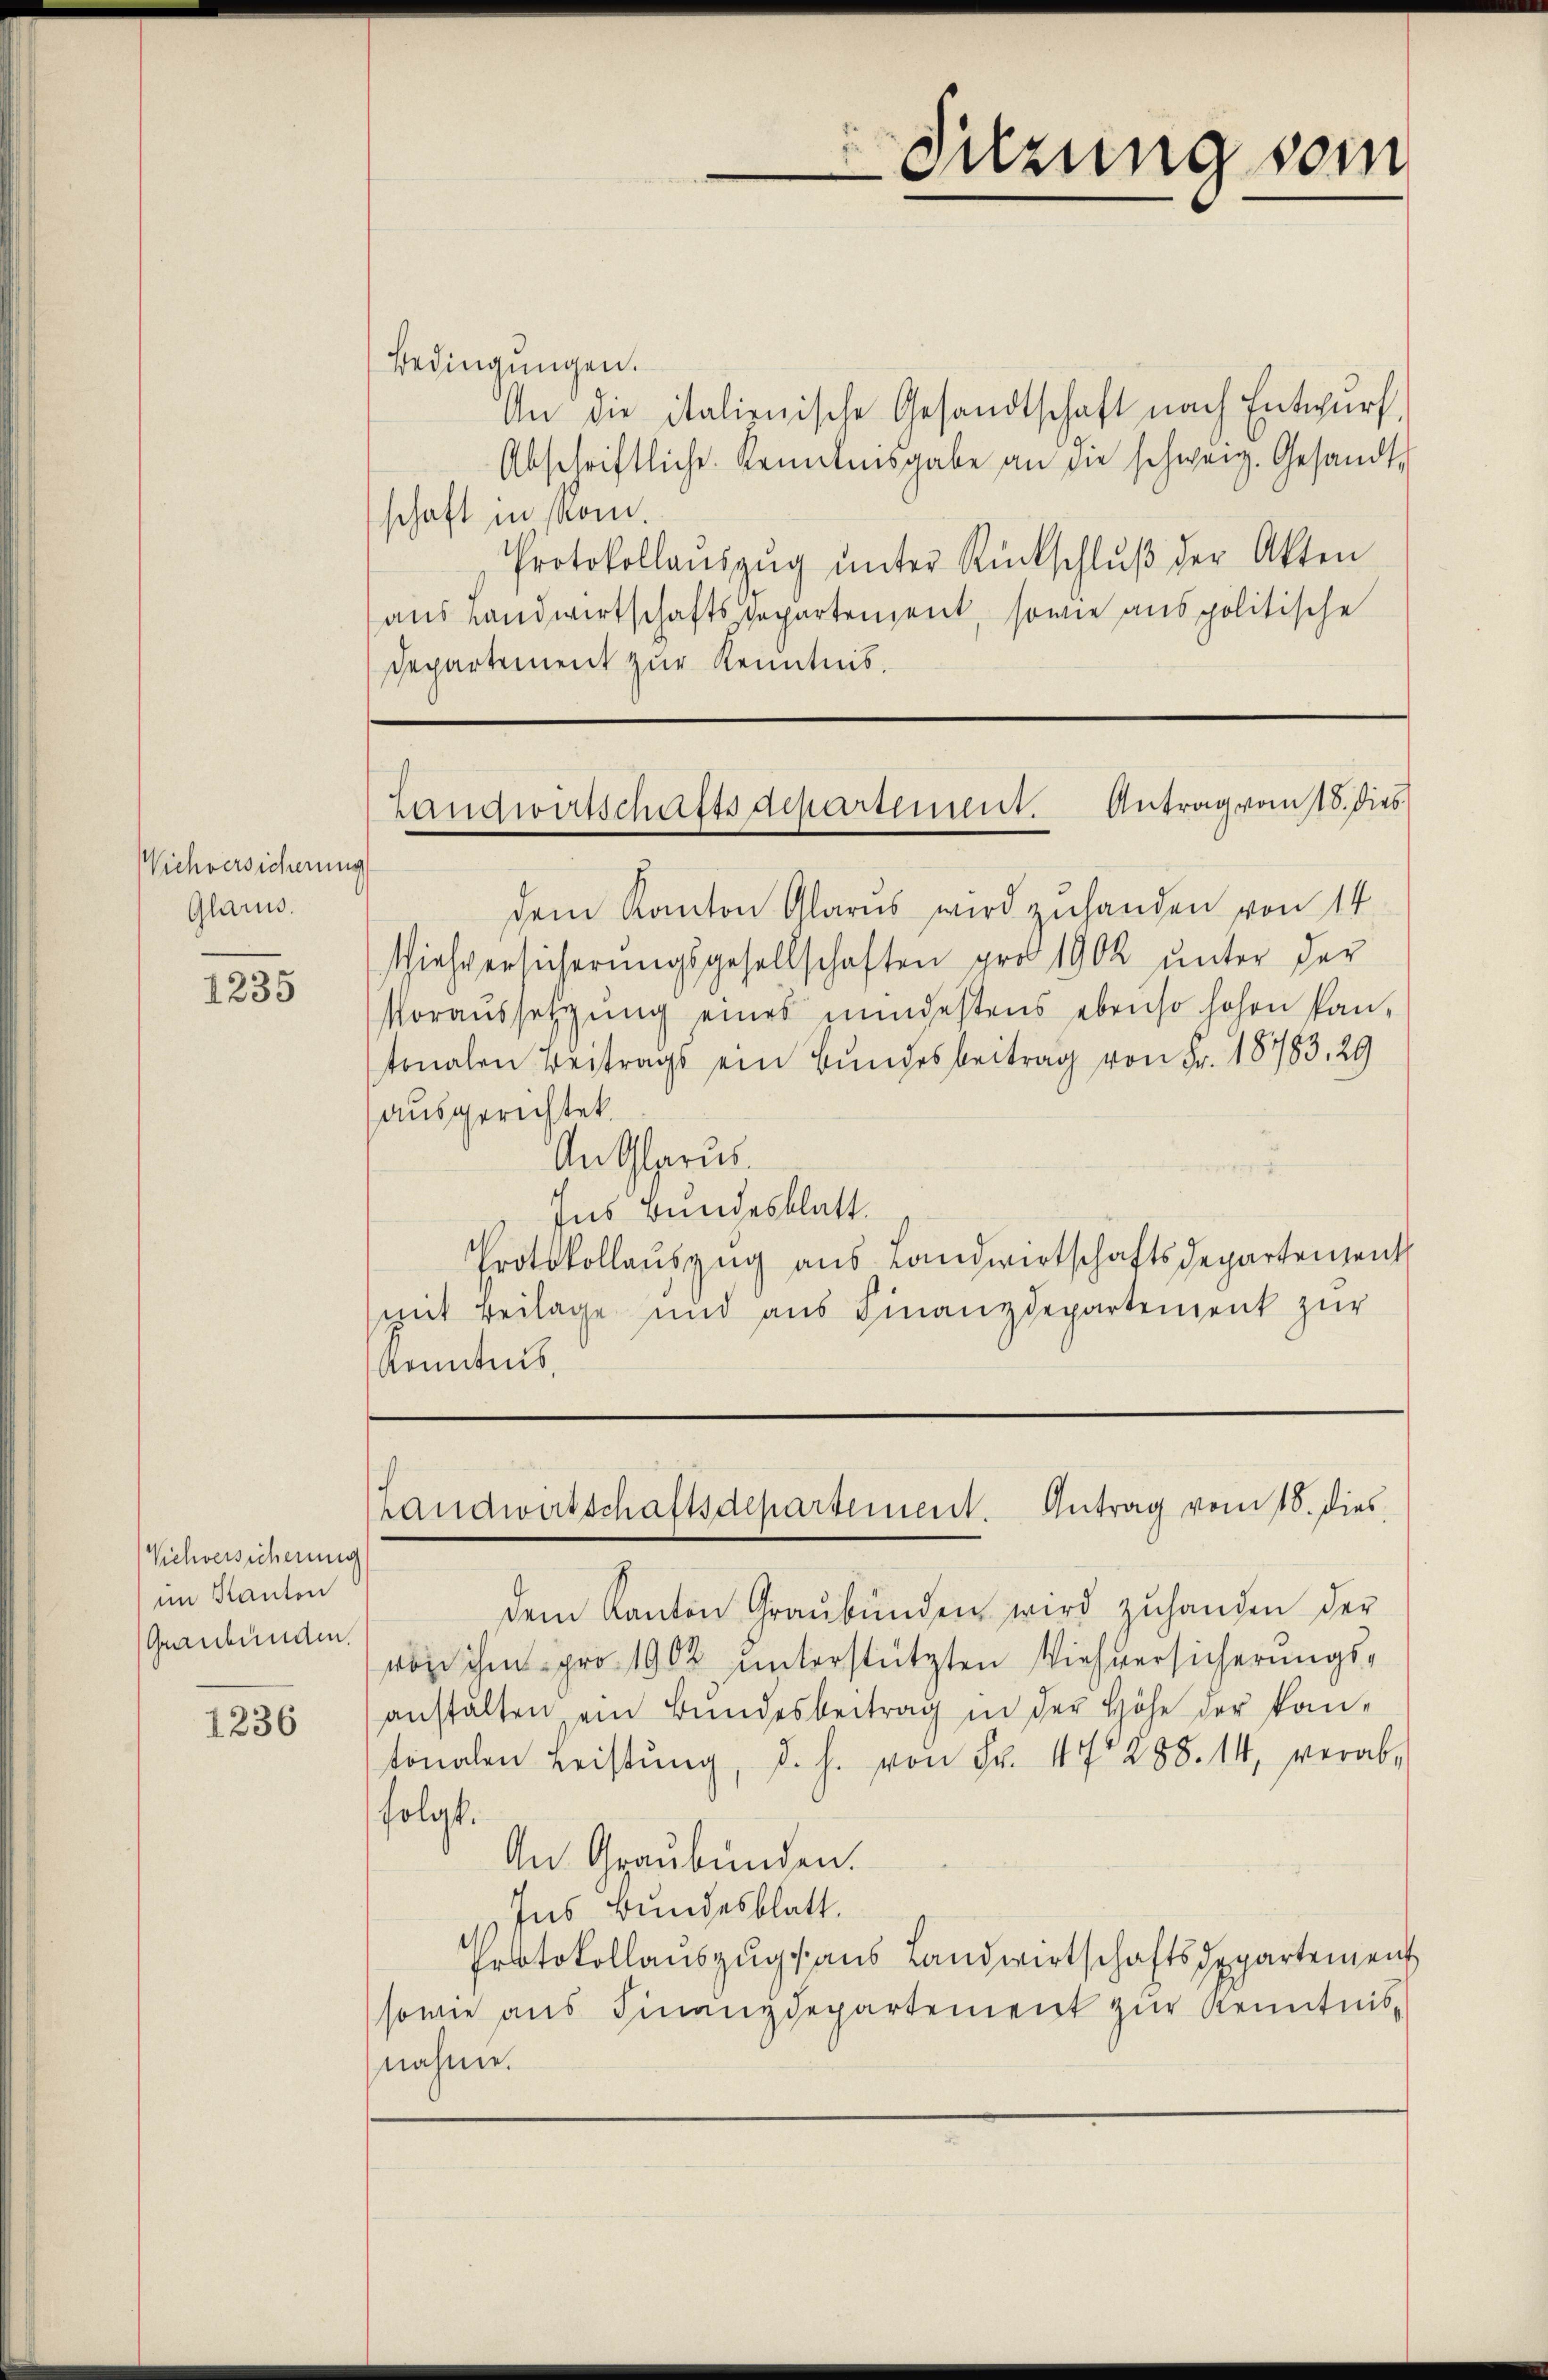
WViehversicherung
Glarus.

1235

Bedingungen.
An die italienische Gesandtschaft nach Entwurf,
Abschriftliche Kenntnisgabe an die schweiz. Gesandt-
schaft in Rom.
Protokollaŭszŭg ŭnter Rückschlŭβ der Akten
aus Landwirtschaftsdepartement, sowie aus politische
Departement zur Kenntnis.

Viehversicherung
im Kanton
Graubünden.

1236

dem Kanton Glarus wird zuhanden von 14
Viehversicherungsgesellschaften pro 1902 unter der
Voraussetzŭng eines mindestens ebenso hohen Pantonalen Beitrags ein Bundesbeitrag von Fr. 18783. 29
ausgerichtet.
An Glarus.
Ins Bundesblatt.
Erotskollauszug aus Landwirtschaftsdepartenzeich
mit Beilage und aus Finanzdepartement zur
Kenntnis.

dem Kanton Graubünden wird zuhanden der
von ihm pro 1902 unterstützten Viehversicherungsanstalten ein Bŭndesbeitrag in der Höhe der kan-
tonalen Leistŭng, d. h. von Fr. 4 288. 14, verab-
folgt.
An Graubünden.
Ins Bundesblatt.
Protokollauszug aus Landwirtschaftsdepartement
sowie aus Finanzdepartement zur Kenntnisnahme.

Suzung vom

Landwirtschaftsdepartement. Antrag vom 15. dies

Landwirtschaftsdepartement. Antrag vom 18. dies